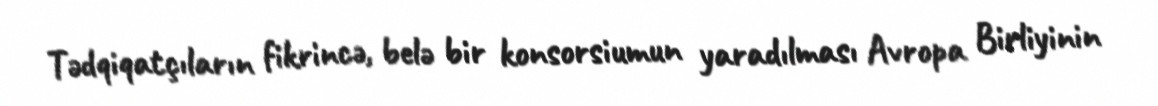
Tədqiqatçıların fikrincə, belə bir konsorsiumun yaradılması Avropa Birliyinin